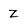
Character: z